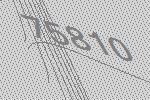
75810